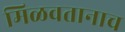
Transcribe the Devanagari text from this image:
मिळवतानाच